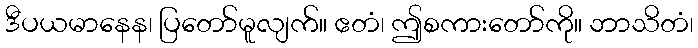
ဒီပယမာနေန၊ ပြတော်မူလျက်။ ဧတံ၊ ဤစကားတော်ကို။ ဘာသိတံ၊